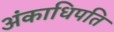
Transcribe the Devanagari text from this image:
अंकाधिपति